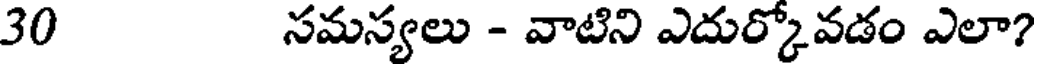
30 సమస్యలు - వాటిని ఎదుర్కోవడం ఎలా?